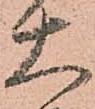
大